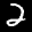
Label: 2